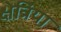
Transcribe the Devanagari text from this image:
क्षेत्रिया